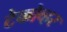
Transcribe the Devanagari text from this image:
टेकोव्हर